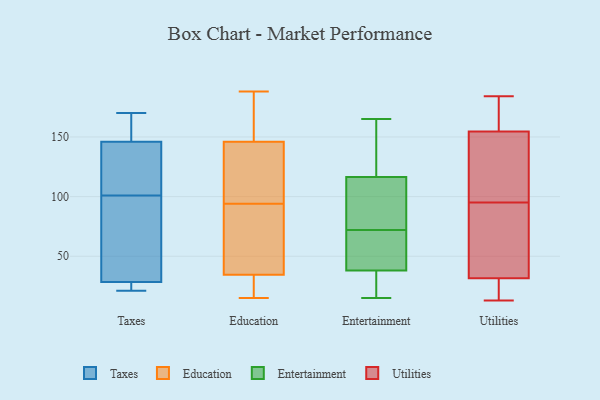
{"axis": {"x": "Budget (USD K)", "y": "Value"}, "legend": ["Education", "Entertainment", "Taxes", "Utilities"], "data": [{"x": "", "y": 147, "type": "Taxes"}, {"x": "", "y": 170, "type": "Taxes"}, {"x": "", "y": 25, "type": "Taxes"}, {"x": "", "y": 164, "type": "Taxes"}, {"x": "", "y": 142, "type": "Taxes"}, {"x": "", "y": 64, "type": "Taxes"}, {"x": "", "y": 158, "type": "Taxes"}, {"x": "", "y": 143, "type": "Taxes"}, {"x": "", "y": 21, "type": "Taxes"}, {"x": "", "y": 67, "type": "Taxes"}, {"x": "", "y": 36, "type": "Taxes"}, {"x": "", "y": 134, "type": "Taxes"}, {"x": "", "y": 26, "type": "Taxes"}, {"x": "", "y": 23, "type": "Taxes"}, {"x": "", "y": 101, "type": "Taxes"}, {"x": "", "y": 110, "type": "Education"}, {"x": "", "y": 21, "type": "Education"}, {"x": "", "y": 91, "type": "Education"}, {"x": "", "y": 153, "type": "Education"}, {"x": "", "y": 48, "type": "Education"}, {"x": "", "y": 175, "type": "Education"}, {"x": "", "y": 15, "type": "Education"}, {"x": "", "y": 95, "type": "Education"}, {"x": "", "y": 172, "type": "Education"}, {"x": "", "y": 95, "type": "Education"}, {"x": "", "y": 17, "type": "Education"}, {"x": "", "y": 80, "type": "Education"}, {"x": "", "y": 16, "type": "Education"}, {"x": "", "y": 93, "type": "Education"}, {"x": "", "y": 188, "type": "Education"}, {"x": "", "y": 139, "type": "Education"}, {"x": "", "y": 165, "type": "Entertainment"}, {"x": "", "y": 80, "type": "Entertainment"}, {"x": "", "y": 98, "type": "Entertainment"}, {"x": "", "y": 98, "type": "Entertainment"}, {"x": "", "y": 123, "type": "Entertainment"}, {"x": "", "y": 34, "type": "Entertainment"}, {"x": "", "y": 34, "type": "Entertainment"}, {"x": "", "y": 64, "type": "Entertainment"}, {"x": "", "y": 27, "type": "Entertainment"}, {"x": "", "y": 128, "type": "Entertainment"}, {"x": "", "y": 61, "type": "Entertainment"}, {"x": "", "y": 121, "type": "Entertainment"}, {"x": "", "y": 15, "type": "Entertainment"}, {"x": "", "y": 42, "type": "Entertainment"}, {"x": "", "y": 57, "type": "Entertainment"}, {"x": "", "y": 112, "type": "Entertainment"}, {"x": "", "y": 122, "type": "Utilities"}, {"x": "", "y": 29, "type": "Utilities"}, {"x": "", "y": 25, "type": "Utilities"}, {"x": "", "y": 37, "type": "Utilities"}, {"x": "", "y": 184, "type": "Utilities"}, {"x": "", "y": 155, "type": "Utilities"}, {"x": "", "y": 91, "type": "Utilities"}, {"x": "", "y": 172, "type": "Utilities"}, {"x": "", "y": 113, "type": "Utilities"}, {"x": "", "y": 177, "type": "Utilities"}, {"x": "", "y": 80, "type": "Utilities"}, {"x": "", "y": 99, "type": "Utilities"}, {"x": "", "y": 154, "type": "Utilities"}, {"x": "", "y": 13, "type": "Utilities"}, {"x": "", "y": 34, "type": "Utilities"}, {"x": "", "y": 86, "type": "Utilities"}, {"x": "", "y": 111, "type": "Utilities"}, {"x": "", "y": 13, "type": "Utilities"}, {"x": "", "y": 178, "type": "Utilities"}, {"x": "", "y": 15, "type": "Utilities"}]}